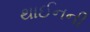
થાઈનની